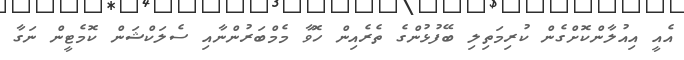
އެއީ އިއުލާންކޮށްގެން ކުރިމަތިލި ބޭފުޅުންގެ ތެރެއިން ހޮވާ މެމްބަރުންނާއި ސެލަކްޝަން ކޮމެޓީން ނަގާ